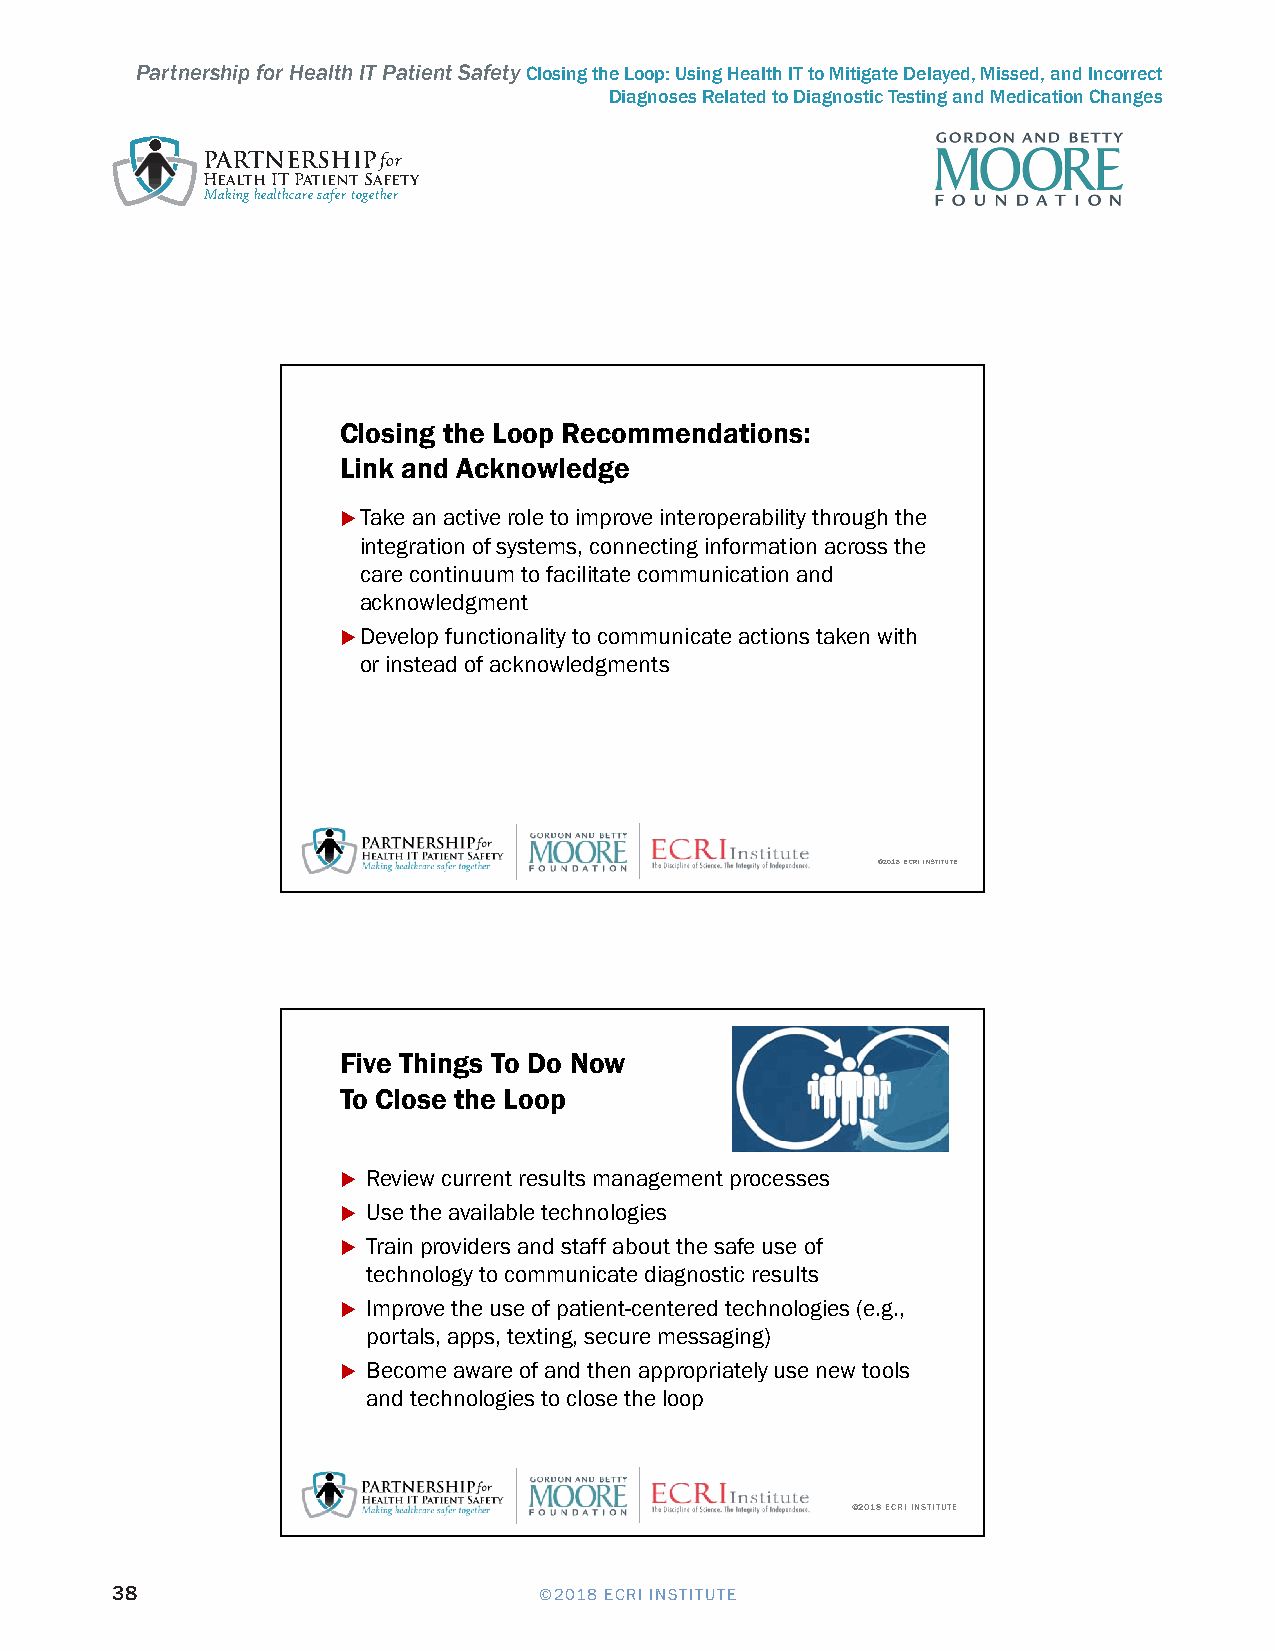
Partnership for Health IT Patient Safety Closing the Loop: Using Health IT to Mitigate Delayed, Missed, and Incorrect
 Diagnoses Related to Diagnostic Testing and Medication Changes
 PARTNERSHIPfor
 Health IT Patient Safety
 Making healthcare safer together
 5/31/2018
 Closing the Loop Recommendations:
 Link and Acknowledge
 Take an active role to improve interoperability through the
 integration of systems, connecting information across the
 care continuum to facilitate communication and
 acknowledgment
 Develop functionality to communicate actions taken with
 or instead of acknowledgments
 ©2018 ECRI INSTITUTE
 Five Things To Do Now
 To Close the Loop
  Review current results management processes
  Use the available technologies
  Train providers and staff about the safe use of
 technology to communicate diagnostic results
  Improve the use of patient-centered technologies (e.g.,
 portals, apps, texting, secure messaging)
  Become aware of and then appropriately use new tools
 and technologies to close the loop
 ©2018 ECRI INSTITUTE
 38                           ©2018 ECRI INSTITUTE
 6